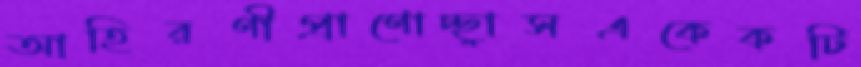
আহিরণীপ্রাণোচ্ছ্বাসএকেকটি